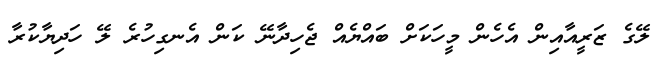
ލޭގެ ޒަރީއާއިން އެހެން މީހަކަށް ބައްޔެއް ޖެހިދާނޭ ކަން އެނގިހުރެ ލޭ ހަދިޔާކުރާ